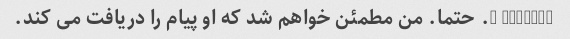
2781703 1. حتما. من مطمئن خواهم شد که او پیام را دریافت می کند.